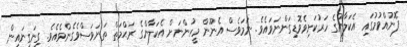
ފޮނުއްވުމުގައި އެކަލާންގެ ހަރުކަށިވެވޮޑިގަންނަވައެވެ. ނަމަވެސް އެނޫން މީހުންނަށް އެކަލާންގެ ރަޙްމަތް ތަނަވަސްވެގެންވެއެވެ. ގިނަގިނައިން